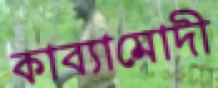
কাব্যামোদী